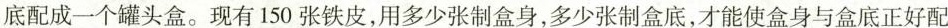
底配成一个罐头盒。现有150张铁皮，用多少张制盒身，多少张制盒底，才能使盒身与盒底正好配